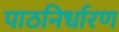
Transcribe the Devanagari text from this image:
पाठनिर्धारण